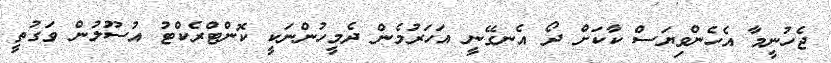
ޖެހުނީމާ އެހެންވިޔަސް ކާކަށް ދޯ އެނގޭނީ އަހަރުމެން ދެމީހުންނަކީ ކޮންޓްރެކްޓު އުސޫލުން ވަގުތީ